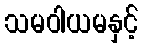
သမဝါယမနှင့်